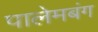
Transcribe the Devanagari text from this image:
पालेमबंग